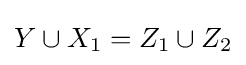
Y\cup X_{1}=Z_{1}\cup Z_{2}